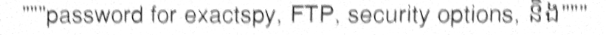
"""password for exactspy, FTP, security options, និង"""